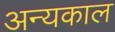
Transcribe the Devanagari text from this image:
अन्यकाल